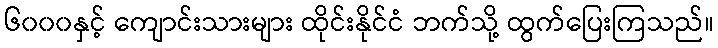
၆၀၀၀နှင့် ကျောင်းသားများ ထိုင်းနိုင်ငံ ဘက်သို့ ထွက်ပြေးကြသည်။